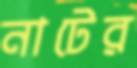
নাটের